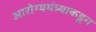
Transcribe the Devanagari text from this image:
आरोग्यमंत्र्याकडून